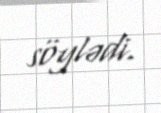
söylədi.